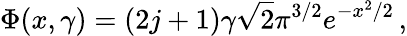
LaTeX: \Phi(x,\gamma)=(2j+1)\gamma\sqrt{2}\pi^{3/2}e^{-x^{2}/2}\, ,